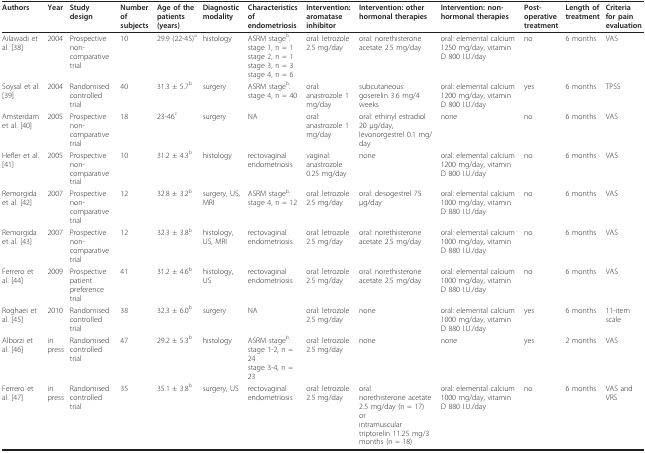
<table><thead><tr><td><b>Authors</b></td><td><b>Year</b></td><td><b>Study design</b></td><td><b>Number of subjects</b></td><td><b>Age of the patients (years)</b></td><td><b>Diagnostic modality</b></td><td><b>Characteristics of endometriosis</b></td><td><b>Intervention: aromatase inhibitor</b></td><td><b>Intervention: other hormonal therapies</b></td><td><b>Intervention: non-hormonal therapies</b></td><td><b>Post-operative treatment</b></td><td><b>Length of treatment</b></td><td><b>Criteria for pain evaluation</b></td></tr></thead><tbody><tr><td>Ailawadi et al. [38]</td><td>2004</td><td>Prospective non-comparative trial</td><td>10</td><td>29.9 (22-45)<sup>a</sup></td><td>histology</td><td>ASRM stage<sup>b</sup>:stage 1, n = 1stage 2, n = 1stage 3, n = 3stage 4, n = 6</td><td>oral: letrozole 2.5 mg/day</td><td>oral: norethisterone acetate 2.5 mg/day</td><td>oral: elemental calcium 1250 mg/day, vitamin D 800 I.U./day</td><td>no</td><td>6 months</td><td>VAS</td></tr><tr><td>Soysal et al. [39]</td><td>2004</td><td>Randomised controlled trial</td><td>40</td><td>31.3 ± 5.7<sup>b</sup></td><td>surgery</td><td>ASRM stage<sup>b</sup>:stage 4, n = 40</td><td>oral: anastrozole 1 mg/day</td><td>subcutaneous: goserelin 3.6 mg/4 weeks</td><td>oral: elemental calcium 1200 mg/day, vitamin D 800 I.U./day</td><td>yes</td><td>6 months</td><td>TPSS</td></tr><tr><td>Amsterdam et al. [40]</td><td>2005</td><td>Prospective non-comparative trial</td><td>18</td><td>23-46<sup>c</sup></td><td>surgery</td><td>NA</td><td>oral: anastrozole 1 mg/day</td><td>oral: ethinyl estradiol 20 μg/day, levonorgestrel 0.1 mg/day</td><td>none</td><td>no</td><td>6 months</td><td>VAS</td></tr><tr><td>Hefler et al. [41]</td><td>2005</td><td>Prospective non-comparative trial</td><td>10</td><td>31.2 ± 4.3<sup>b</sup></td><td>histology</td><td>rectovaginal endometriosis</td><td>vaginal: anastrozole 0.25 mg/day</td><td>none</td><td>oral: elemental calcium 1200 mg/day, vitamin D 800 I.U./day</td><td>no</td><td>6 months</td><td>VAS</td></tr><tr><td>Remorgida et al. [42]</td><td>2007</td><td>Prospective non-comparative trial</td><td>12</td><td>32.8 ± 3.2<sup>b</sup></td><td>surgery, US, MRI</td><td>ASRM stage<sup>b</sup>:stage 4, n = 12</td><td>oral: letrozole 2.5 mg/day</td><td>oral: desogestrel 75 μg/day</td><td>oral: elemental calcium 1000 mg/day, vitamin D 880 I.U./day</td><td>no</td><td>6 months</td><td>VAS</td></tr><tr><td>Remorgida et al. [43]</td><td>2007</td><td>Prospective non-comparative trial</td><td>12</td><td>32.3 ± 3.8<sup>b</sup></td><td>histology, US, MRI</td><td>rectovaginal endometriosis</td><td>oral: letrozole 2.5 mg/day</td><td>oral: norethisterone acetate 2.5 mg/day</td><td>oral: elemental calcium 1000 mg/day, vitamin D 880 I.U./day</td><td>no</td><td>6 months</td><td>VAS</td></tr><tr><td>Ferrero et al. [44]</td><td>2009</td><td>Prospective patient preference trial</td><td>41</td><td>31.2 ± 4.6<sup>b</sup></td><td>histology, US</td><td>rectovaginal endometriosis</td><td>oral: letrozole 2.5 mg/day</td><td>oral: norethisterone acetate 2.5 mg/day</td><td>oral: elemental calcium 1000 mg/day, vitamin D 880 I.U./day</td><td>no</td><td>6 months</td><td>VAS</td></tr><tr><td>Roghaei et al. [45]</td><td>2010</td><td>Randomised controlled trial</td><td>38</td><td>32.3 ± 6.0<sup>b</sup></td><td>surgery</td><td>NA</td><td>oral: letrozole 2.5 mg/day</td><td>none</td><td>oral: elemental calcium 1000 mg/day, vitamin D 880 I.U./day</td><td>yes</td><td>6 months</td><td>11-item scale</td></tr><tr><td>Alborzi et al. [46]</td><td>in press</td><td>Randomised controlled trial</td><td>47</td><td>29.2 ± 5.3<sup>b</sup></td><td>histology</td><td>ASRM stage<sup>b</sup>:stage 1-2, n = 24stage 3-4, n = 23</td><td>oral: letrozole 2.5 mg/day</td><td>none</td><td>none</td><td>yes</td><td>2 months</td><td>VAS</td></tr><tr><td>Ferrero et al. [47]</td><td>in press</td><td>Randomised controlled trial</td><td>35</td><td>35.1 ± 3.8<sup>b</sup></td><td>surgery, US</td><td>rectovaginal endometriosis</td><td>oral: letrozole 2.5 mg/day</td><td>oralnorethisterone acetate 2.5 mg/day (n = 17)orintramuscular triptorelin 11.25 mg/3 months (n = 18)</td><td>oral: elemental calcium 1000 mg/day, vitamin D 880 I.U./day</td><td>no</td><td>6 months</td><td>VAS and VRS</td></tr></tbody></table>